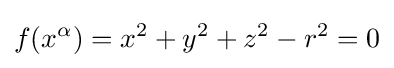
f(x^{\alpha })=x^{2}+y^{2}+z^{2}-r^{2}=0